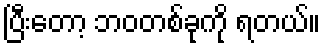
ပြီးတော့ ဘဝတစ်ခုကို ရတယ်။